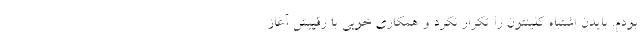
بودم. بایدن اشتباه کلینتون را تکرار نکرد و همکاری خوبی با رقیبش آغاز